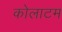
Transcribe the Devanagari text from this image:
कोलाटम